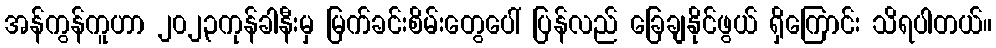
အန်ကွန်ကူဟာ ၂၀၂၃ကုန်ခါနီးမှ မြက်ခင်းစိမ်းတွေပေါ် ပြန်လည် ခြေချနိုင်ဖွယ် ရှိကြောင်း သိရပါတယ်။